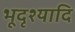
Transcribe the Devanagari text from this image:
भूदृश्यादि